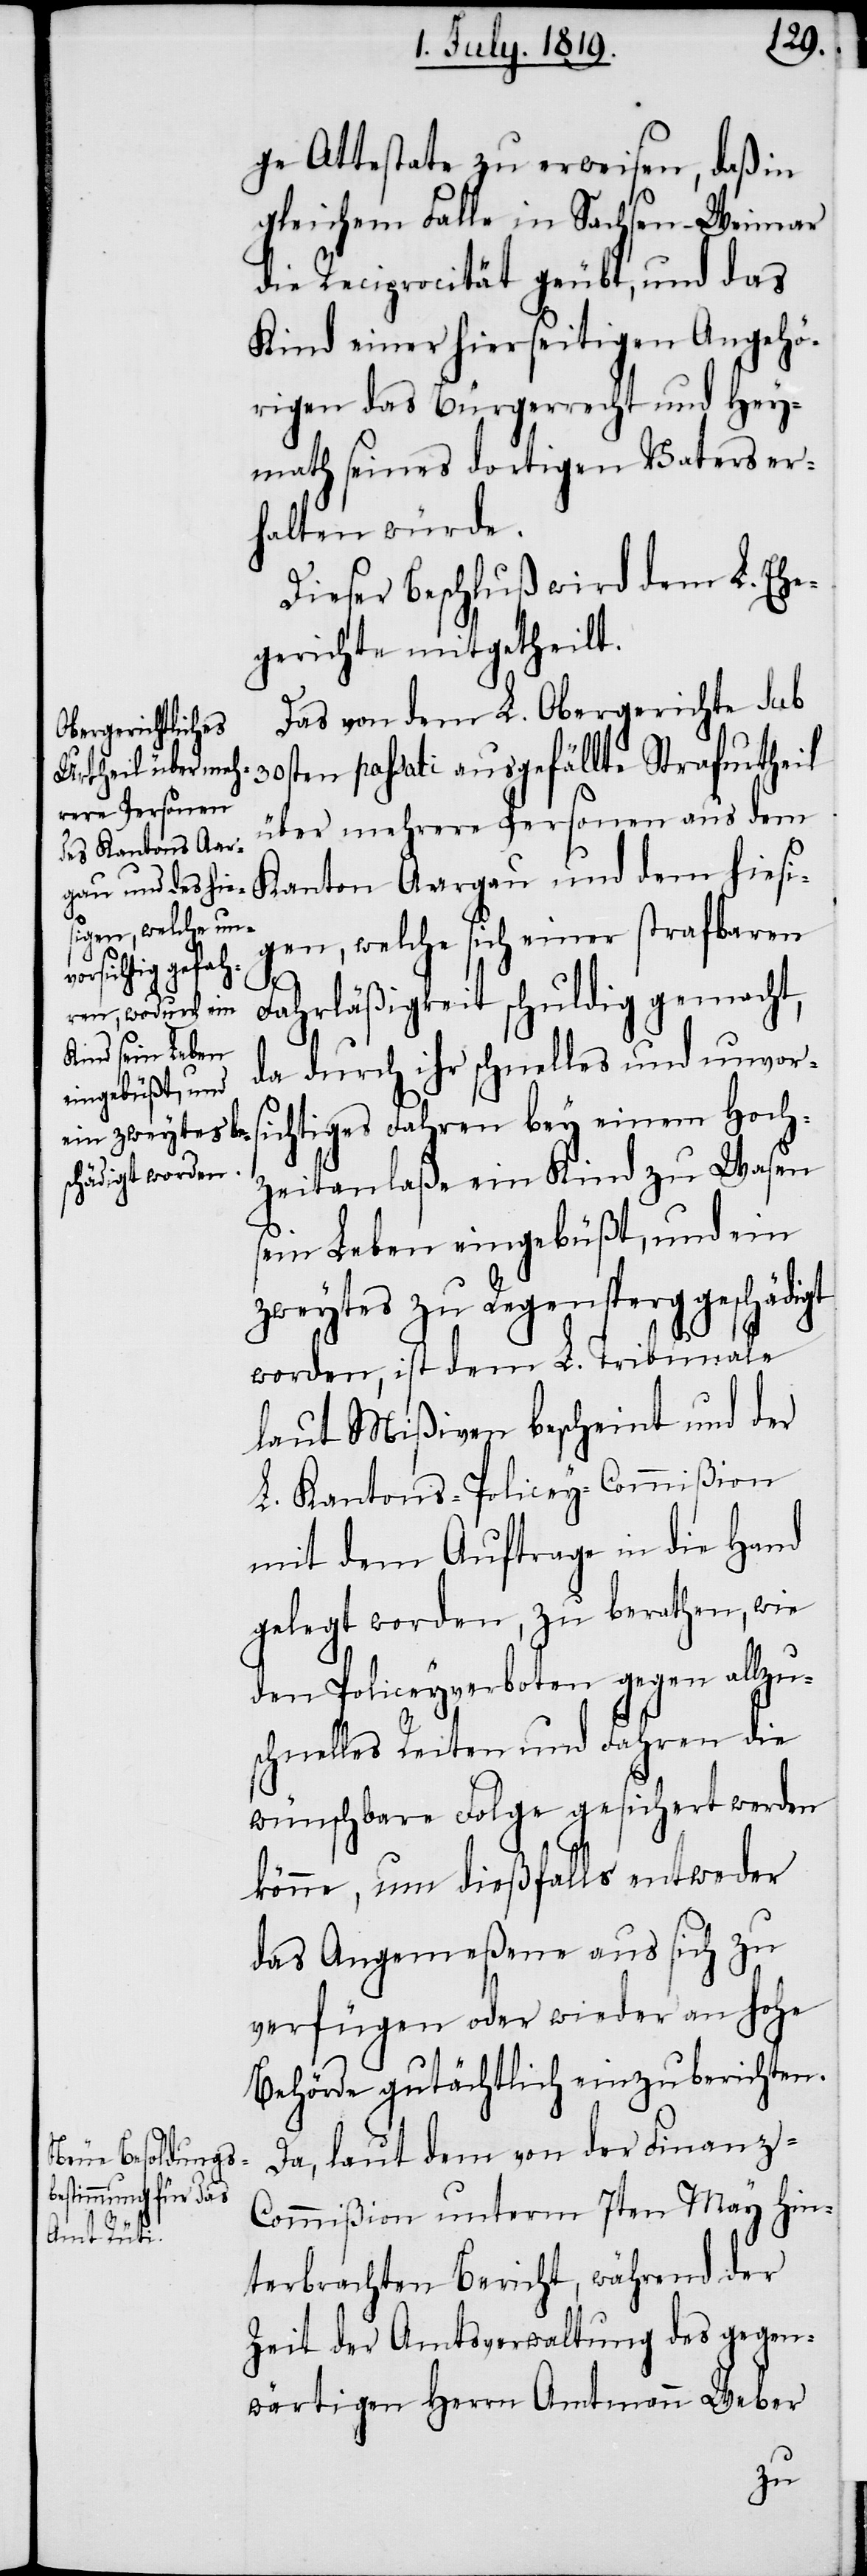
ge Attestate zu erweisen, daß in
gleichem Falle in Sachsen-Weimar
die Reciprocität geübt, und das
Kind einer hierseitigen Angehö¬
rigen das Bürgerrecht und Hey¬
math seines dortigen Vaters er¬
halten würde.
Dieser Beschluß wird dem L. Ehe¬
gerichte mitgetheilt.
Das von dem L. Obergerichte sub
30sten passati ausgefällte Strafurtheil
über mehrere Personen aus dem
Kanton Aargau und dem hiesi¬
gen, welche sich einer strafbaren
Fahrläßigkeit schuldig gemacht,
da durch ihr schnelles und unvors¬
ichtiges Fahren bey einem Hoch¬
zeitanlaße ein Kind zu Wasen
sein Leben eingebüßt, und ein
zweytes zu Regensperg geschädigt
worden, ist dem L. Tribunale
laut Mißiven bescheint und der
L. Kantons-Policey-Commißion
mit dem Auftrage in die Hand
gelegt worden, zu berathen, wie
den Policeyverboten gegen allzu¬
schnelles Reiten und Fahren die
wünschbare Folge gesichert werden
könne, um dießfalls entweder
das Angemeßene aus sich zu
verfügen oder wieder an hohe
Behörde gutächtlich einzuberichten.
Da, laut dem von der Finanz-C¬
ommißion unterm 7ten May hin¬
terbrachten Bericht, während der
Zeit der Amtsverwaltung des gegen¬
wärtigen Herrn Amtmann Weber